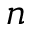
n